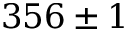
3 5 6 \pm 1